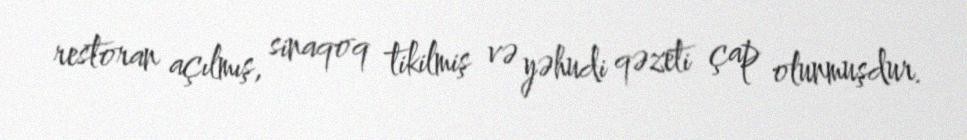
restoran açılmış, sinaqoq tikilmiş və yəhudi qəzeti çap olunmuşdur.